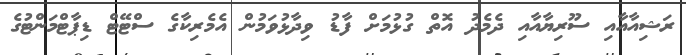
ރަޝިއާއާއި ސޫރިޔާއާއި ދެމެދު އޮތް ގުޅުމަށް ފާޑު ވިދާޅުވަމުން އެމެރިކާގެ ސްޓޭޓް ޑިޕާޓްމަންޓުގެ